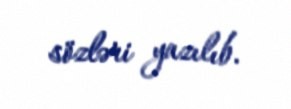
sözləri yazılıb.